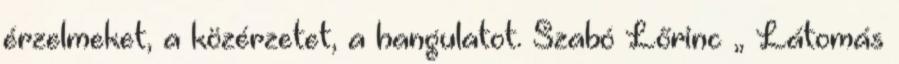
érzelmeket, a közérzetet, a hangulatot. Szabó Lőrinc „ Látomás